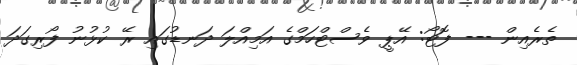
ތެރެއިން --- ފޮޓޯ: އޭޕީ ވެސްޓްހަމްގެ އަމިއްލަ ދަނޑުގައި ރޭ ކުޅުނު ފޯރިގަދަ